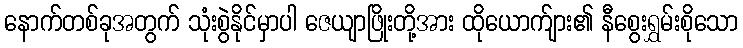
နောက်တစ်ခုအတွက် သုံးစွဲနိုင်မှာပါ ဇေယျာဖြိုးတို့အား ထိုယောက်ျား၏ နီစွေးရွှမ်းစိုသော